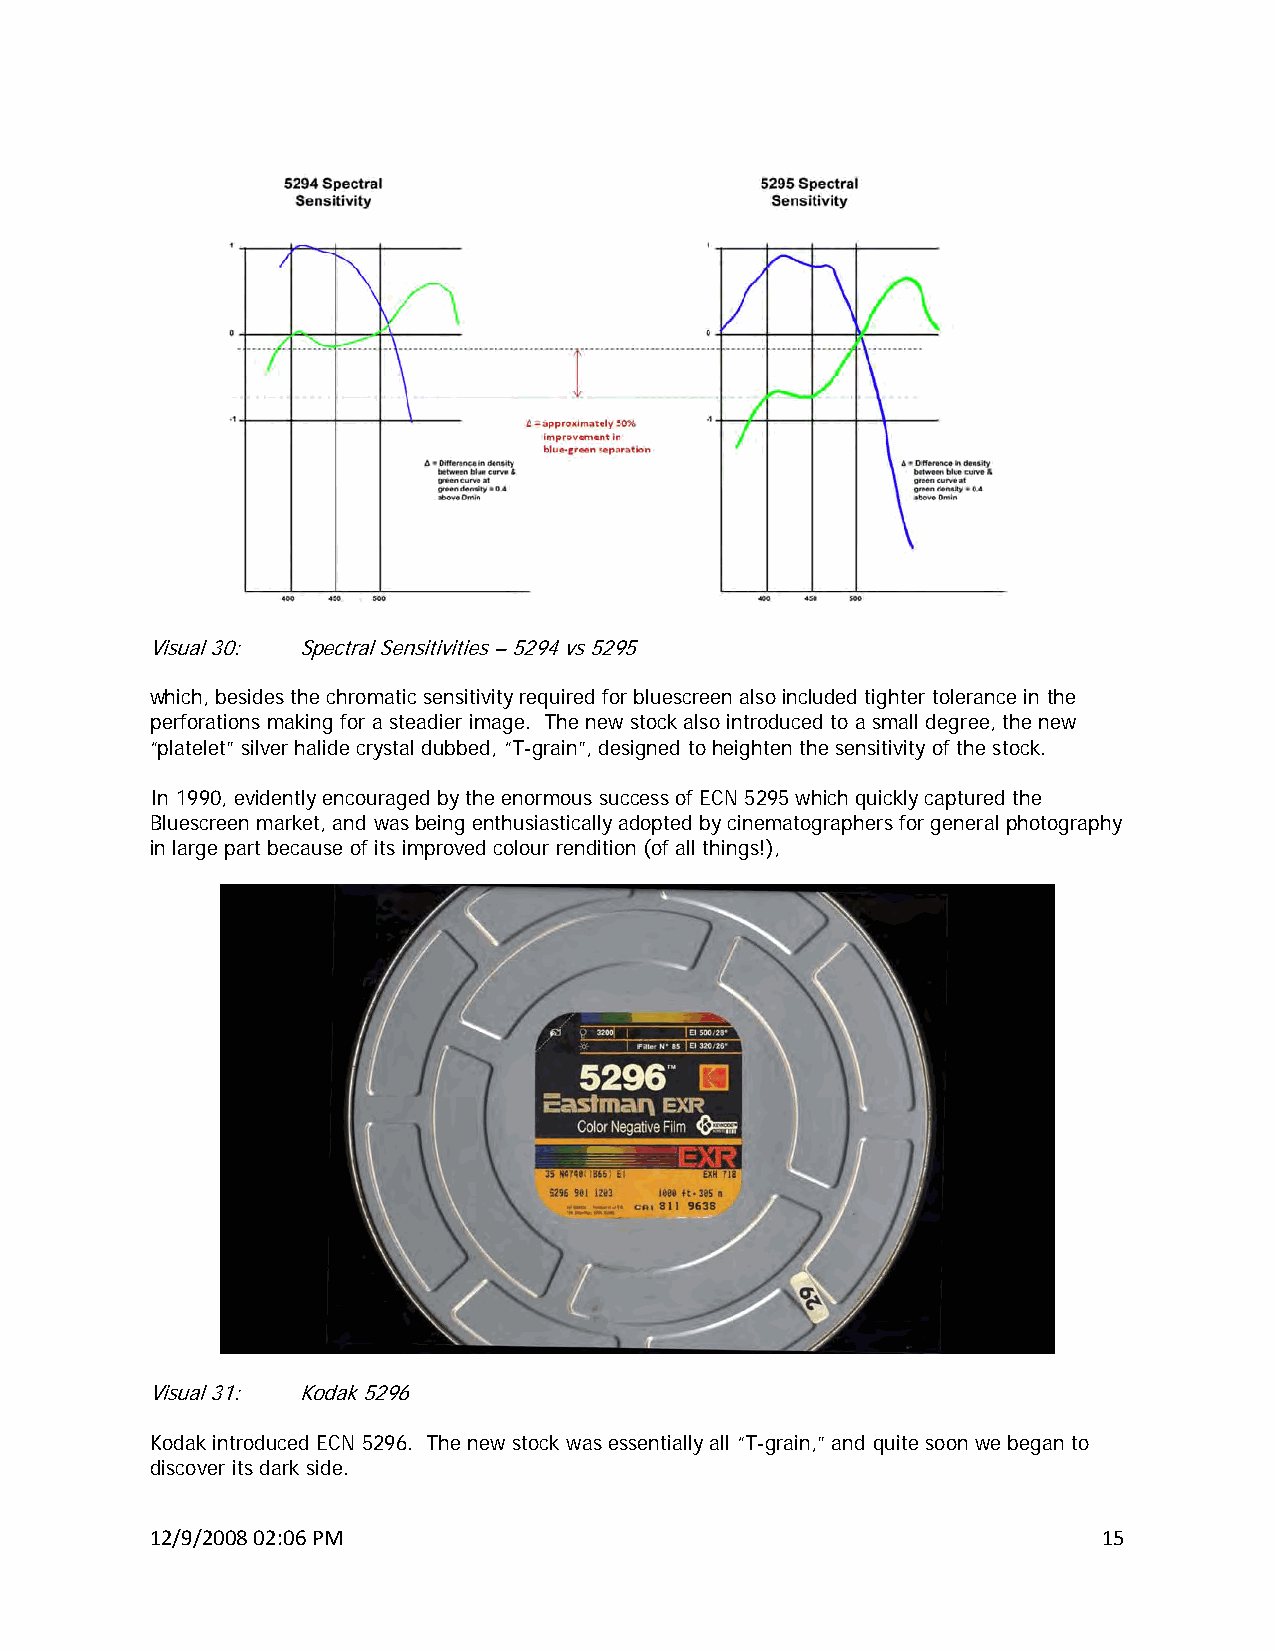
Visual 30: Spectral Sensitivities – 5294 vs 5295
 which, besides the chromatic sensitivity required for bluescreen also included tighter tolerance in the
 perforations making for a steadier image. The new stock also introduced to a small degree, the new
 “platelet” silver halide crystal dubbed, “T-grain”, designed to heighten the sensitivity of the stock.
 In 1990, evidently encouraged by the enormous success of ECN 5295 which quickly captured the
 Bluescreen market, and was being enthusiastically adopted by cinematographers for general photography
 in large part because of its improved colour rendition (of all things!),
 Visual 31: Kodak 5296
 Kodak introduced ECN 5296. The new stock was essentially all “T-grain,” and quite soon we began to
 discover its dark side.
 12/9/2008 02:06 PM                                             15